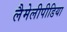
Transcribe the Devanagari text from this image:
लैमेलीपीडिया